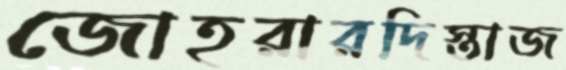
জোহরারদিস্তাজ